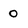
Character: 0